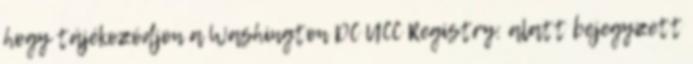
hogy tájékozódjon a Washington DC UCC Registry: alatt bejegyzett